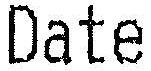
DATE